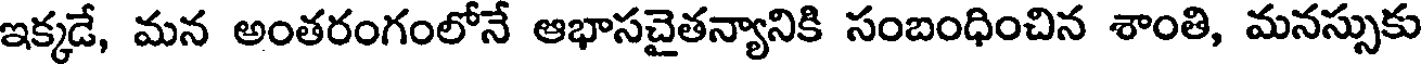
ఇక్కడే, మన అంతరంగంలోనే ఆభాసచైతన్యానికి సంబంధించిన శాంతి, మనస్సుకు